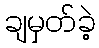
ချမှတ်ခဲ့